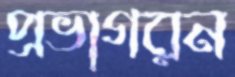
প্রভাগরন